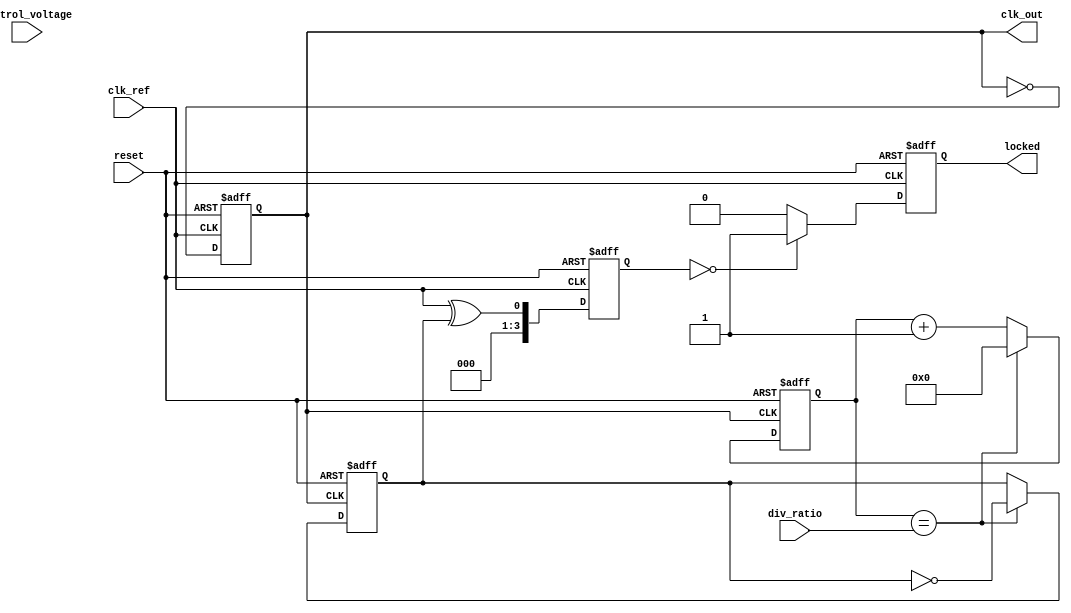
module PLL (
    input wire clk_ref,               // Reference clock input
    input wire reset,                 // Asynchronous reset
    input wire [2:0] div_ratio,       // Programmable division ratio for feedback divider
    input wire control_voltage,        // Control voltage input for VCO
    output reg clk_out,               // Output clock
    output reg locked                 // Lock status indicator
);

    // Internal signals
    reg [3:0] phase_error;            // Phase error signal
    reg [3:0] vco_freq;               // VCO frequency
    reg clk_fb;                       // Feedback clock from VCO
    reg [3:0] loop_filter;            // Output from loop filter
    reg [3:0] feedback_divider;       // Feedback divider output

    // Phase Detector: Simple XOR-based phase detector
    always @(posedge clk_ref or posedge reset) begin
        if (reset) begin
            phase_error <= 0;
        end else begin
            phase_error <= (clk_ref ^ clk_fb); // Simple phase error detection
        end
    end

    // Loop Filter: Simple RC filter model
    always @(posedge clk_ref or posedge reset) begin
        if (reset) begin
            loop_filter <= 0;
        end else begin
            loop_filter <= loop_filter + phase_error; // Simple integration
        end
    end

    // VCO: Frequency generation based on control voltage, simplified as a counter
    always @(posedge clk_ref or posedge reset) begin
        if (reset) begin
            vco_freq <= 0;
            clk_out <= 0;
        end else begin
            vco_freq <= loop_filter; // Adjust VCO frequency based on loop filter output
            clk_out <= ~clk_out; // Toggle output clock for simplicity
        end
    end

    // Feedback Divider: Divide VCO output based on div_ratio
    always @(posedge clk_out or posedge reset) begin
        if (reset) begin
            feedback_divider <= 0;
            clk_fb <= 0;
        end else if (feedback_divider == div_ratio) begin
            feedback_divider <= 0;
            clk_fb <= ~clk_fb; // Generate feedback clock
        end else begin
            feedback_divider <= feedback_divider + 1;
        end
    end

    // Lock Detection: Simple lock detection based on phase error
    always @(posedge clk_ref or posedge reset) begin
        if (reset) begin
            locked <= 0;
        end else if (phase_error == 0) begin
            locked <= 1; // PLL is locked when phase error is zero
        end else begin
            locked <= 0;
        end
    end

endmodule